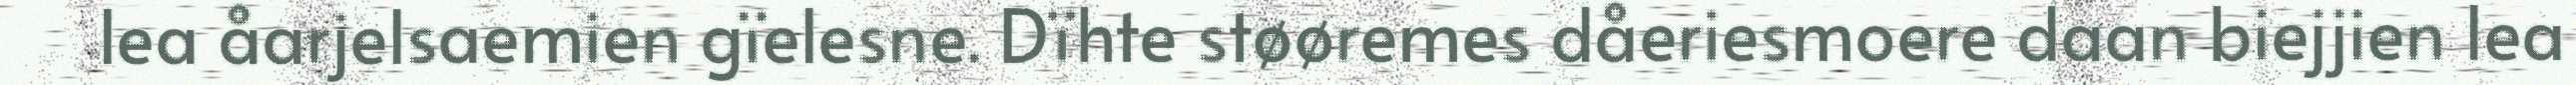
lea åarjelsaemien gïelesne. Dïhte støøremes dåeriesmoere daan biejjien lea